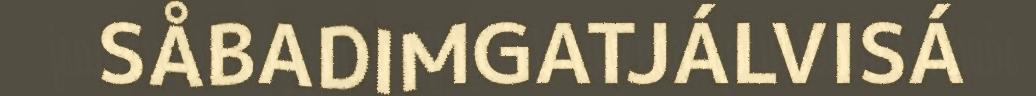
SÅBADIMGATJÁLVISÁ